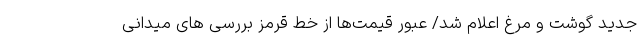
جدید گوشت و مرغ اعلام شد/ عبور قیمت‌ها از خط قرمز بررسی های میدانی